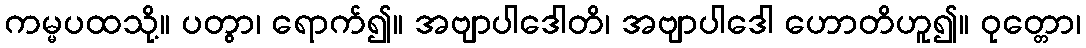
ကမ္မပထသို့။ ပတွာ၊ ရောက်၍။ အဗျာပါဒေါတိ၊ အဗျာပါဒေါ ဟောတိဟူ၍။ ဝုတ္တော၊